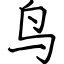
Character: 鸟